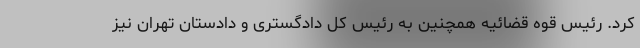
کرد. رئیس قوه قضائیه همچنین به رئیس کل دادگستری و دادستان تهران نیز